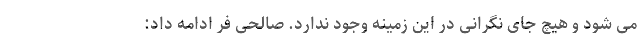
می شود و هیچ‌ جای نگرانی در این زمینه وجود ندارد. صالحی فر ادامه داد: